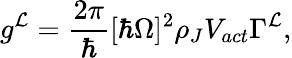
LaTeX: g^{\mathcal{L}}=\frac{{2\pi}}{{\hbar}}[\hbar\Omega]^{2}\rho_{J}V_{act}\Gamma^{\mathcal{L}},